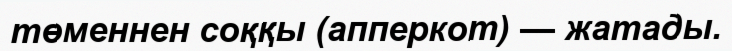
төменнен соққы (апперкот) — жатады.